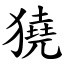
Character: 獟